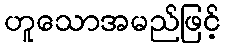
ဟူသောအမည်ဖြင့်